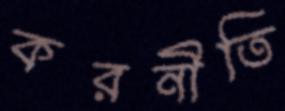
করনীতি